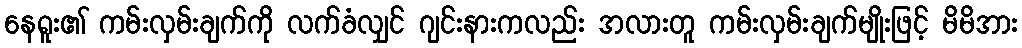
နေရူး၏ ကမ်းလှမ်းချက်ကို လက်ခံလျှင် ဂျင်းနားကလည်း အလားတူ ကမ်းလှမ်းချက်မျိုးဖြင့် မိမိအား